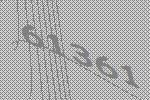
61361